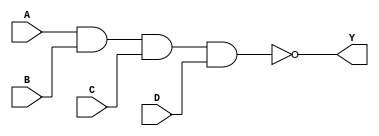
module NAND4 (
	input A, B, C, D,
	output Y
);
	assign Y = !(A & B & C & D);
endmodule